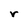
Character: r